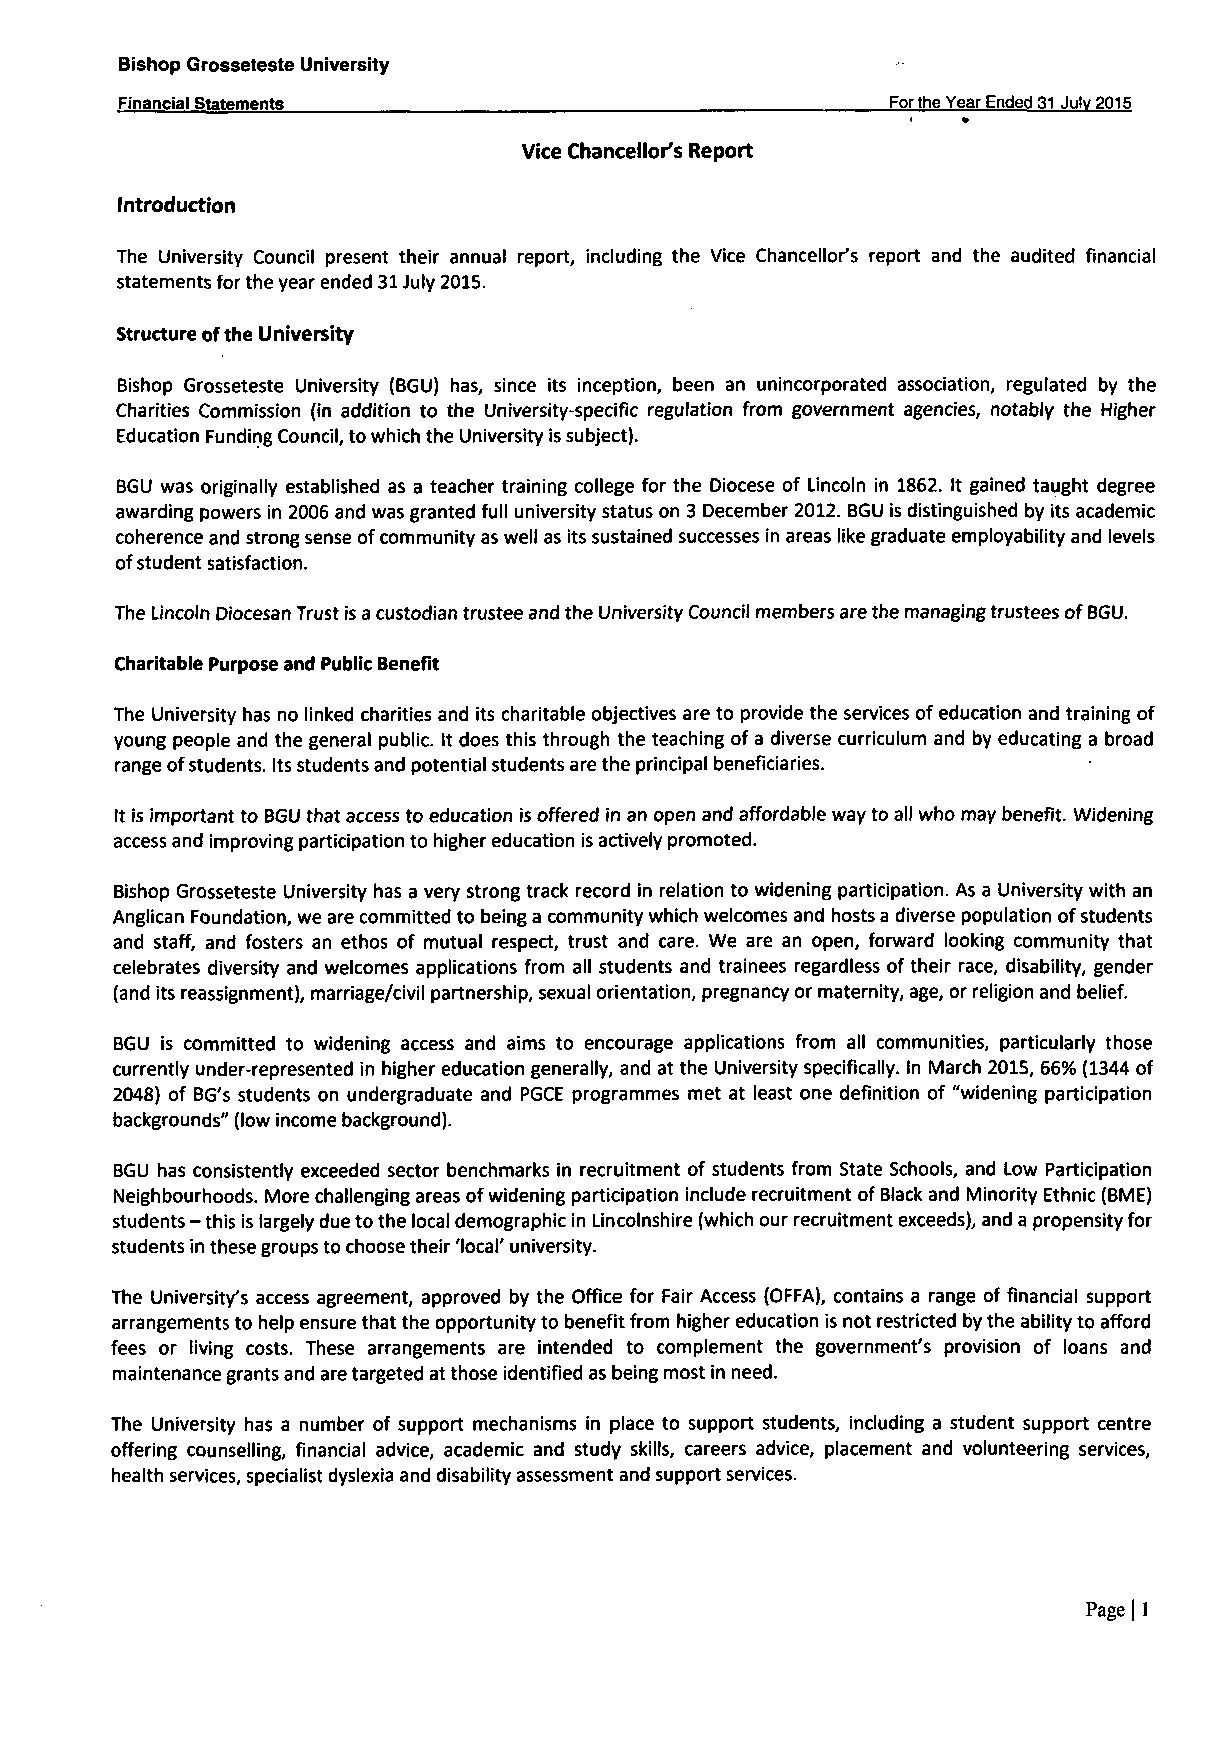
Bishop Grosseteste University
 Financial Statements                               For the Year Ended 31 Julv 2015
 Vice Chancellor's Report
 Introduction
 The University Council present their annual report, including the Vice Chancellor's report and the audited financial
 statements for the year ended 31 July 2015.
 Structure ofthe University
 Bishop Grosseteste University (BGU) has, since its inception, been an unincorporated association, regulated by the
 Charities Commission (in addition to the University-specific regulation from government agencies, notably the Higher
 Education Funding Council, to which the University is subject).
 BGU was originally established as a teacher training college for the Diocese of Lincoln in 1862. It gained taught degree
 awarding powers in 2006 and was granted full university status on 3 December 2012. BGU is distinguished by its academic
 coherence and strong sense of community as well as its sustained successes in areas like graduate employability and levels
 of student satisfaction.
 The Lincoln Diocesan Trust is a custodian trustee and the University Council members are the managing trustees of BGU.
 Charitable Purpose and Public Benefit
 The University has no linked charities and its charitable objectives are to provide the services of education and training of
 young people and the general public. It does this through the teaching of a diverse curriculum and by educating a broad
 range of students. Its students and potential students are the principal beneficiaries.
 It is important to BGU that access to education is offered in an open and affordable way to all who may benefit. Widening
 access and improving participation to higher education is actively promoted.
 Bishop Grosseteste University has a very strong track record in relation to widening participation. As a University with an
 Anglican Foundation, we are committed to being a community which welcomes and hosts a diverse population of students
 and staff, and fosters an ethos of mutual respect, trust and care. We are an open, forward looking community that
 celebrates diversity and welcomes applications from all students and trainees regardless of their race, disability, gender
 (and its reassignment), marriage/civil partnership, sexual orientation, pregnancy or maternity, age, or religion and belief.
 BGU is committed to widening access and aims to encourage applications from all communities, particularly those
 currently under-represented in higher education generally, and at the University specifically. In March 2015, 66% (1344 of
 2048) of BG's students on undergraduate and PGCE programmes met at least one definition of "widening participation
 backgrounds" (low income background).
 BGU has consistently exceeded sector benchmarks in recruitment of students from State Schools, and Low Participation
 Neighbourhoods. More challenging areas of widening participation include recruitment of Black and Minority Ethnic (BME)
 students - this is largely due to the local demographic in Lincolnshire (which our recruitment exceeds), and a propensity for
 students in these groups to choose their 'local' university.
 The University's access agreement, approved by the Office for Fair Access (OFFA), contains a range of financial support
 arrangements to help ensure that the opportunity to benefit from higher education is not restricted by the ability to afford
 fees or living costs. These arrangements are intended to complement the government's provision of loans and
 maintenance grants and are targeted at those identified as being most in need.
 The University has a number of support mechanisms in place to support students, including a student support centre
 offering counselling, financial advice, academic and study skills, careers advice, placement and volunteering services,
 health services, specialist dyslexia and disability assessment and support services.
 Page | 1